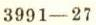
3991-27